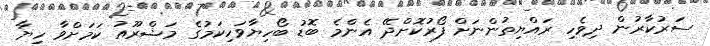
ސަރުކާރުން ދިވެހި ރައްޔިތުންނަށް ފޯރުކޮށްދޭ އެންމެ ބޮޑު ބޯހިޔާވަހިކަމުގެ މަޝްރޫއު ކަމަށްވާ ހިޔާ